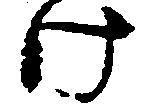
け